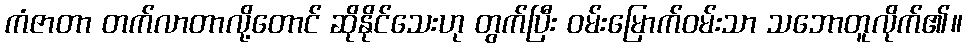
ကံဇာတာ တက်လာတာလို့တောင် ဆိုနိုင်သေးဟု တွက်ပြီး ဝမ်းမြောက်ဝမ်းသာ သဘောတူလိုက်၏။